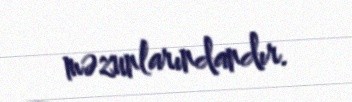
məzunlarındandır.